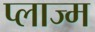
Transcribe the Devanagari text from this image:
प्लाज्म